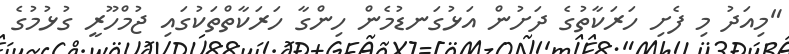
"މިއަދު މި ފެށި ހަރަކާތުގެ ދަށުން އަޅުގަނޑުމެން ހިންގާ ހަރަކާތްތަކުގައި ޖުމްހޫރީ ގުޅުމުގެ